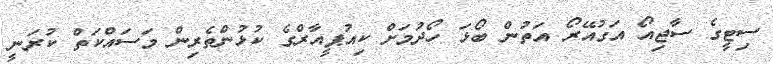
ސިޓީގެ ސާޖިއޯ އަގުއޭރޯ އަތުން ބޯޅަ ހޯދުމަށް ކިއުޕީއާރްގެ ކުޅުންތެރިން މަސައްކަތް ކުރަނީ